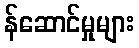
န်ဆောင်မှုများ